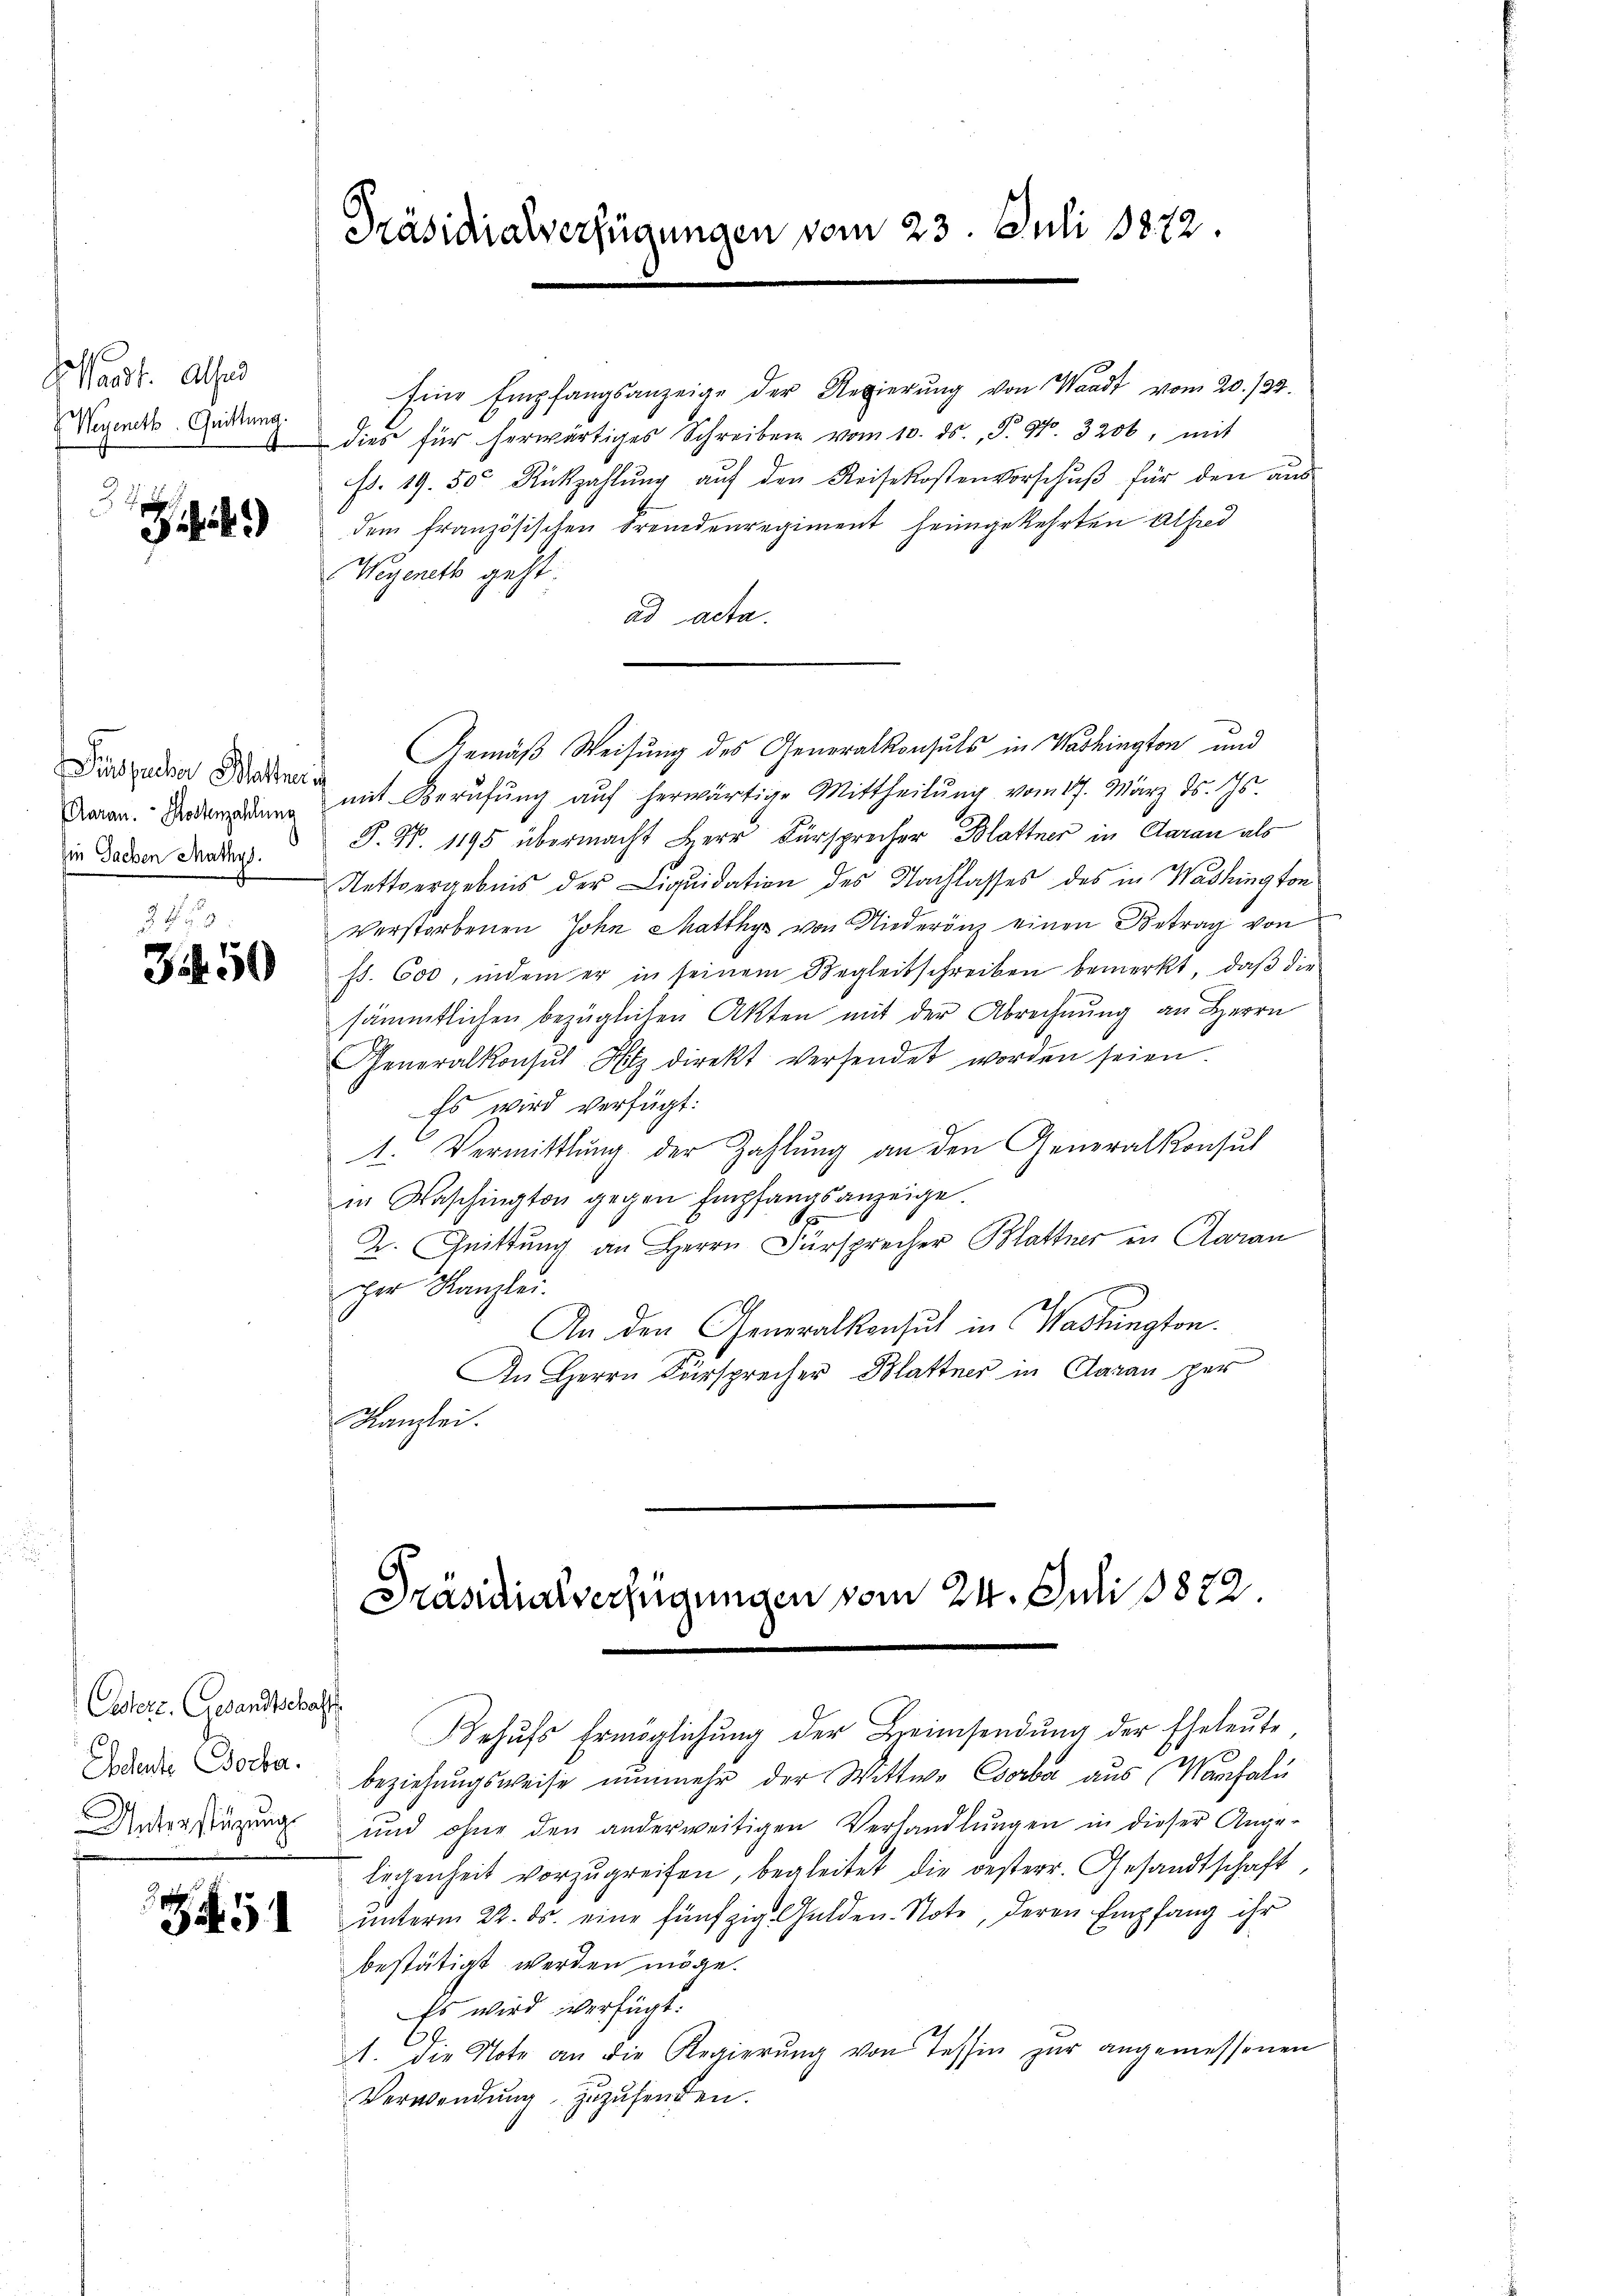
Warst. Alser
Wegenett. Quittung.
e

14.)

Garan. Kostenzahlung
hin Sachen Mathys.

3450

Estere Gesandtschaft
Adente Borbar.
Unterstüzung

Si. G

Präsidialverfügungen vom 23. Juli 1872.

Eine Empfangsanzeige der Regierŭng von Waadt vom 20. 132.
dies für herwärtiges Schreiben vom 10. ds., S. 97. 3200, mit
p. 19. 50 Rückzahlung auf den Reisekostenvorschuß für den aus
dem französischen Fremdenregiment heimgekehrten Alfred
Wegeneth geht.
ad acta.
Gemäß Weisung des Generalkonsuls in Washington und
Disenden Wade mit Berufung auf herwärtige Mittheilŭng vom 17. März d. Js.
P. Nr. 1195 übermacht Herr Fürsprecher Blattner in Caran als
Nettvergebnis der Liquidation des Nachlasses des in Washington
Verstorbenen John Matthys von Niederenz einen Betrag von
fs. 600, indem er in seinem Regleitschreiben bemerkt, daß die
sämmtlichen bezüglichen Akten mit der Abrechnung an Herrn
Generalkonsul Hitz direkt versendet worden seien.
Es wird verfügt:
1. Vermittlung der Zahlung an den Generalkonsul
in Waschington gegen Empfangsanzeige.
1
2. Chrittung an Herrn Fürsprecher Mattner in Aarau
per Kanzlei.
An den Generalkonsul in Washington.
An Herrn Fürsprecher Blattner in Daran per
Kanzlei.
Präsidialverfügungen vom 24. Juli 1872.
Behufs Ermöglichung der Heimsendung der Eheleute
beziehungsweise nunmehr der Wittwe Corba aus Manhal
und ohne den anderweitigen Verhandlŭngen in dieser Ange-
legenheit vorzŭgreifen, begleitet die oesterr. Gesandtschaft,
unterm 22. ds. eine fünfzig Gulden-Note, deren Empfang ihr
bestätigt werden möge.
Es wird verfügt.
A. die Note an die Regierŭng von Tessin zŭr angemessenen
Verwendung zuzusenden.